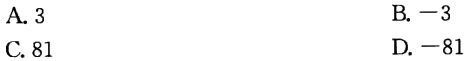
A. 3

B. $-3$

C. 81

D. $-81$